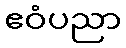
ဧဝံပညာ